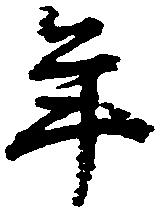
年